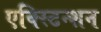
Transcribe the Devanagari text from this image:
एक्स्टिन्शन